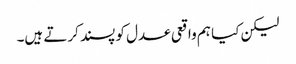
لیکن کیا ہم واقعی عدل کو پسند کرتے ہیں۔